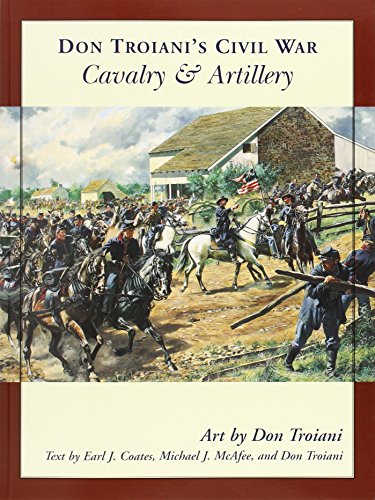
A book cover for Don Troiani's Civil War Cavalry & Artillery (Don Troiani's Civil War Series); Earl J. Coates; History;